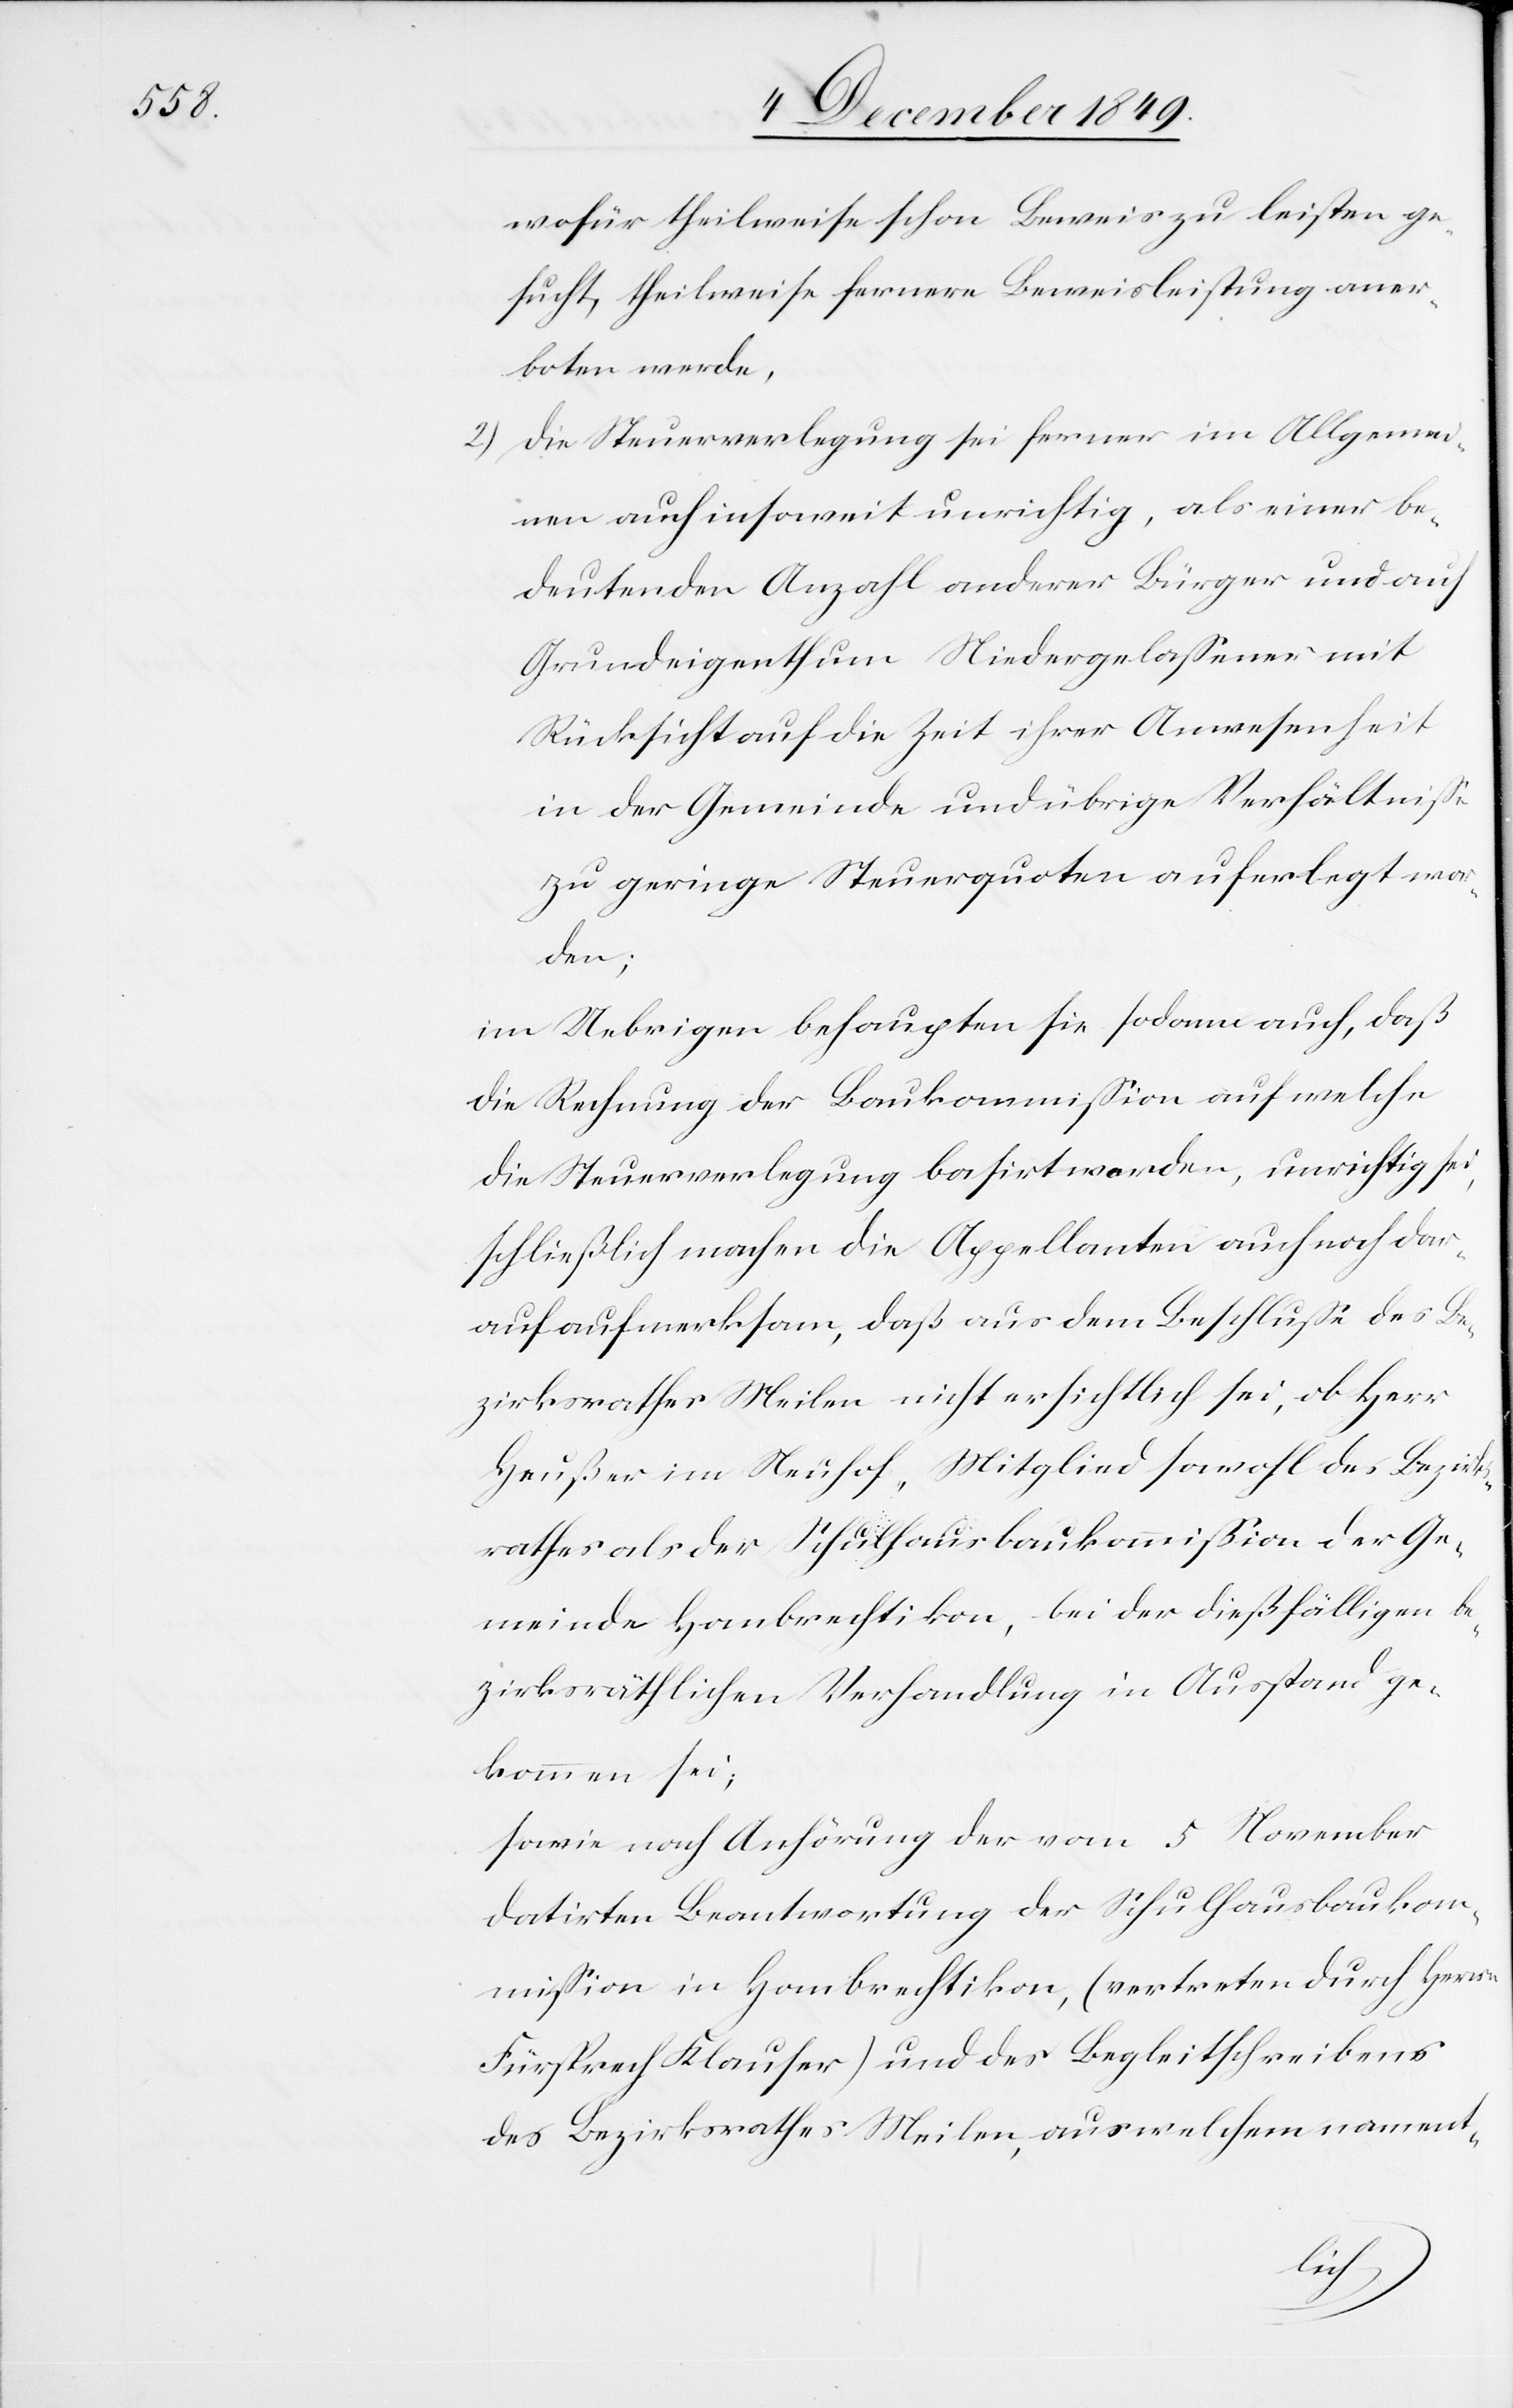
wofür theilweise schon Beweis zu leisten ge¬
sucht, theilweise fernere Beweisleistung aner¬
boten werde,
2.) Die Steuerverlegung sei ferner im Allgemei¬
nen auch insoweit unrichtig, als einer be¬
deutenden Anzahl anderer Bürger und auf
Grundeigenthum Niedergelaßener mit
Rücksicht auf die Zeit ihrer Anwesenheit
in der Gemeinde und übrige Verhältniße
zu geringe Steuerquoten auferlegt wo¬
rden;
im Uebrigen behaupten sie sodann auch, daß
die Rechnung der Baukommißion auf welche
die Steuerverlegung basirt worden, unrichtig sei,
schließlich machen die Appellanten auch noch dar¬
auf aufmerksam, daß aus dem Beschluße des Be¬
zirksrathes Meilen nicht ersichtlich sei, ob Herr
Heußer im Neuhof, Mitglied sowohl des Bezirks¬
rathes als der Schulhausbaukommißion der Ge¬
meinde Hombrechtikon, bei der dießfälligen be¬
zirksräthlichen Verhandlung in Ausstand ge¬
kommen sei;
sowie nach Anhörung der vom 5 November
datirten Beantwortung der Schulhausbaukom¬
mißion in Hombrechtikon, (vertreten durch Herrn
Fürsprech Klauser) und des Begleitschreibens
des Bezirksrathes Meilen, aus welchem nament-